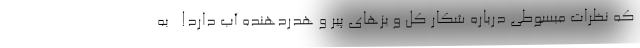
که نظرات مبسوطی درباره شکار کل و بزهای پیر و هدردهنده آب دارد! ـ به